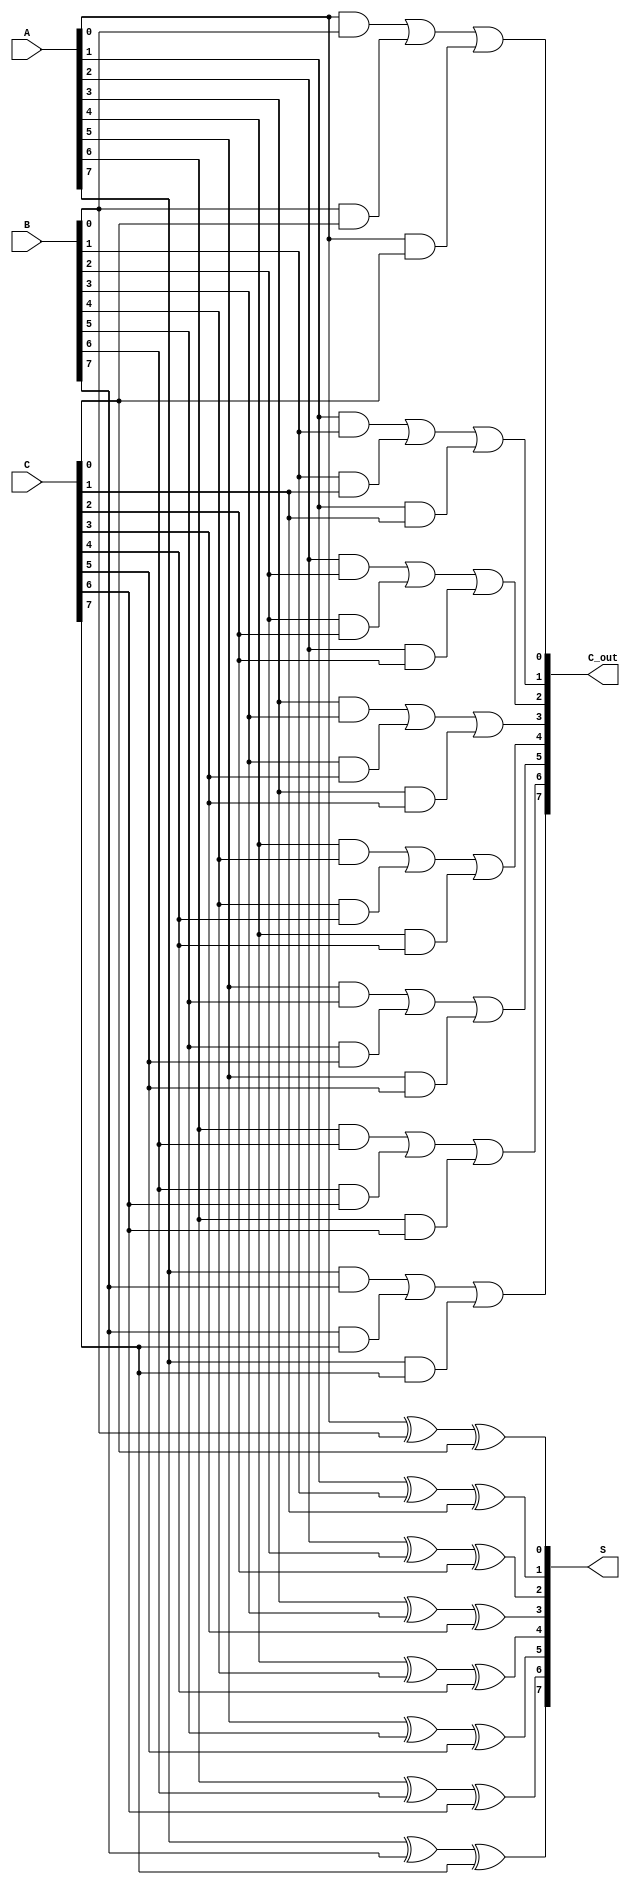
module CarrySaveAdder (
    input [n-1:0] A,     // First n-bit input
    input [n-1:0] B,     // Second n-bit input
    input [n-1:0] C,     // Third n-bit input
    output [n-1:0] S,    // Sum output
    output [n-1:0] C_out // Carry output
);
    parameter n = 8; // Define the bit width (change as needed)

    // Generate the sum using XOR gates
    generate
        genvar i;
        for (i = 0; i < n; i = i + 1) begin : sum_generation
            assign S[i] = A[i] ^ B[i] ^ C[i]; // Sum calculation
        end
    endgenerate

    // Generate the carry using AND and OR gates
    generate
        for (i = 0; i < n; i = i + 1) begin : carry_generation
            assign C_out[i] = (A[i] & B[i]) | (B[i] & C[i]) | (A[i] & C[i]); // Carry calculation
        end
    endgenerate

endmodule